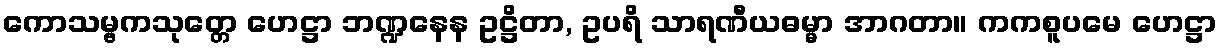
ကောသမ္ဗကသုတ္တေ ဟေဋ္ဌာ ဘဏ္ဍနေန ဥဋ္ဌိတာ, ဥပရိ သာရဏီယဓမ္မာ အာဂတာ။ ကကစူပမေ ဟေဋ္ဌာ